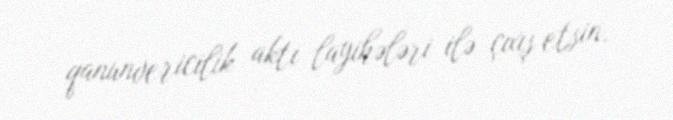
qanunvericilik aktı layihələri ilə çıxış etsin.